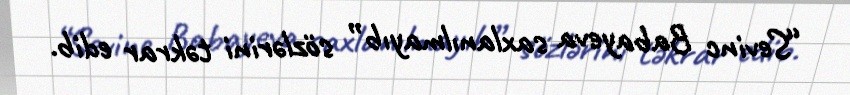
“Sevinc Babayeva saxlanılmayıb” sözlərini təkrar edib.